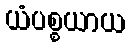
ယံပစ္စယာယ